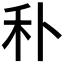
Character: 𥝒